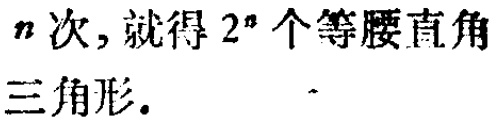
\(n\)次，就得 \(2^{n}\)个等腰直角三角形.